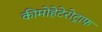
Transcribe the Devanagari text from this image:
कीमोहेटेरोट्राफ